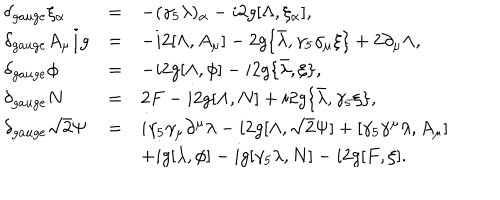
LaTeX: \begin{array} { l c l } { { \delta _ { g a u g e } \xi _ { \alpha } } } & { { = } } & { { - ( \gamma _ { 5 } \lambda ) _ { \alpha } - i 2 g [ \Lambda , \xi _ { \alpha } ] , } } \\ { { \displaystyle \delta _ { g a u g e } A _ { \mu } / g } } & { { = } } & { { - i 2 [ \Lambda , A _ { \mu } ] - 2 g \{ \bar { \lambda } , \gamma _ { 5 } \gamma _ { \mu } \xi \} + 2 \partial _ { \mu } \Lambda , } } \\ { { \delta _ { g a u g e } \phi } } & { { = } } & { { - i 2 g [ \Lambda , \phi ] - i 2 g \{ \bar { \lambda } , \xi \} , } } \\ { { \delta _ { g a u g e } N } } & { { = } } & { { 2 F - i 2 g [ \Lambda , N ] + i 2 g \{ \bar { \lambda } , \gamma _ { 5 } \xi \} , } } \\ { { \delta _ { g a u g e } \sqrt { 2 } \Psi } } & { { = } } & { { i \gamma _ { 5 } \gamma _ { \mu } \partial ^ { \mu } \lambda - i 2 g [ \Lambda , \sqrt { 2 } \Psi ] + [ \gamma _ { 5 } \gamma ^ { \mu } \lambda , A _ { \mu } ] } } \\ { { } } & { { } } & { { + i g [ \lambda , \phi ] - i g [ \gamma _ { 5 } \lambda , N ] - i 2 g [ F , \xi ] . } } \\ \end{array}